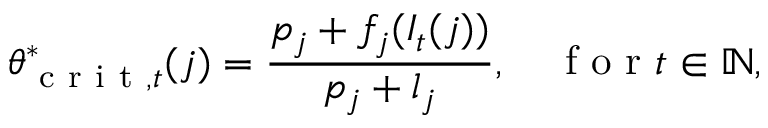
\theta _ { \mathrm { ~ c ~ r ~ i ~ t ~ } , t } ^ { * } ( j ) = \frac { p _ { j } + f _ { j } ( I _ { t } ( j ) ) } { p _ { j } + l _ { j } } , \quad \mathrm { ~ f ~ o ~ r ~ } t \in \mathbb { N } ,